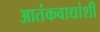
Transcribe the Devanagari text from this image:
आतंकवाद्यांशी